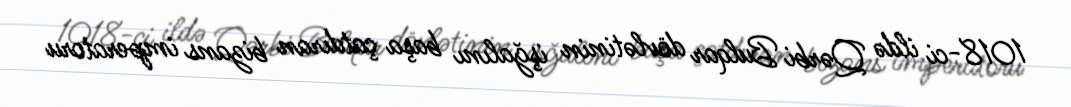
1018-ci ildə Qərbi Bulqar dövlətinin işğalını başa çatdıran bizans imperatoru